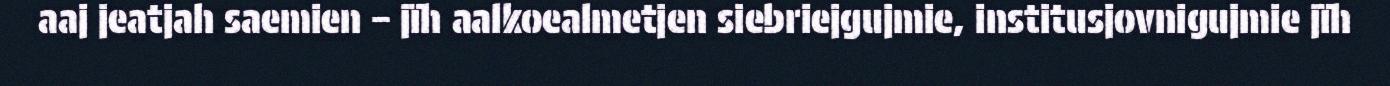
aaj jeatjah saemien – jïh aalkoealmetjen siebriejgujmie, institusjovnigujmie jïh